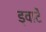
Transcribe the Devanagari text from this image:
ड्वार्टे